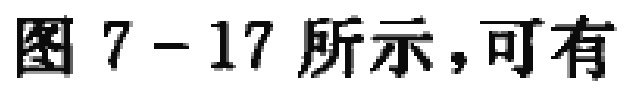
图 7-17 所示，可有